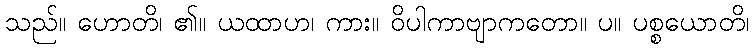
သည်။ ဟောတိ၊ ၏။ ယထာဟ၊ ကား။ ဝိပါကာဗျာကတော။ ပ။ ပစ္စယောတိ၊